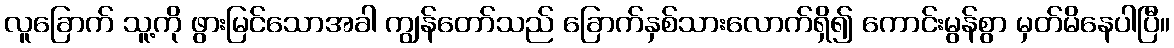
လူခြောက် သူ့ကို ဖွားမြင်သောအခါ ကျွန်တော်သည် ခြောက်နှစ်သားလောက်ရှိ၍ ကောင်းမွန်စွာ မှတ်မိနေပါပြီ။